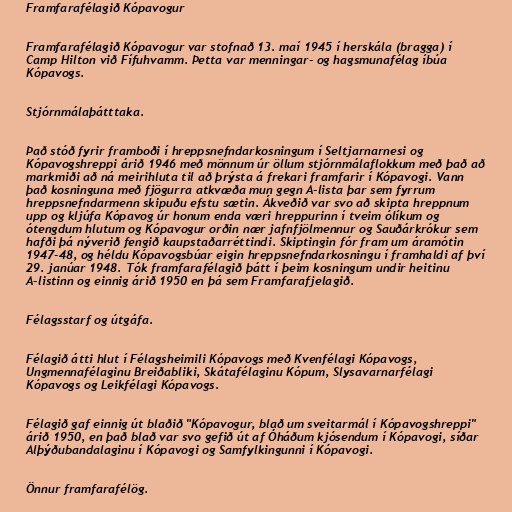
Framfarafélagið Kópavogur

Framfarafélagið Kópavogur var stofnað 13. maí 1945 í herskála (bragga) í
Camp Hilton við Fífuhvamm. Þetta var menningar- og hagsmunafélag íbúa
Kópavogs.

Stjórnmálaþátttaka.

Það stóð fyrir framboði í hreppsnefndarkosningum í Seltjarnarnesi og
Kópavogshreppi árið 1946 með mönnum úr öllum stjórnmálaflokkum með það að
markmiði að ná meirihluta til að þrýsta á frekari framfarir í Kópavogi. Vann
það kosninguna með fjögurra atkvæða mun gegn A-lista þar sem fyrrum
hreppsnefndarmenn skipuðu efstu sætin. Ákveðið var svo að skipta hreppnum
upp og kljúfa Kópavog úr honum enda væri hreppurinn í tveim ólíkum og
ótengdum hlutum og Kópavogur orðin nær jafnfjölmennur og Sauðárkrókur sem
hafði þá nýverið fengið kaupstaðarréttindi. Skiptingin fór fram um áramótin
1947-48, og héldu Kópavogsbúar eigin hreppsnefndarkosningu í framhaldi af því
29. janúar 1948. Tók framfarafélagið þátt í þeim kosningum undir heitinu
A-listinn og einnig árið 1950 en þá sem Framfarafjelagið.

Félagsstarf og útgáfa.

Félagið átti hlut í Félagsheimili Kópavogs með Kvenfélagi Kópavogs,
Ungmennafélaginu Breiðabliki, Skátafélaginu Kópum, Slysavarnarfélagi
Kópavogs og Leikfélagi Kópavogs.

Félagið gaf einnig út blaðið "Kópavogur, blað um sveitarmál í Kópavogshreppi"
árið 1950, en það blað var svo gefið út af Óháðum kjósendum í Kópavogi, síðar
Alþýðubandalaginu í Kópavogi og Samfylkingunni í Kópavogi.

Önnur framfarafélög.